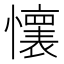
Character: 𫻘